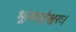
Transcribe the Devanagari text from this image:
भूतमहेश्वरः।